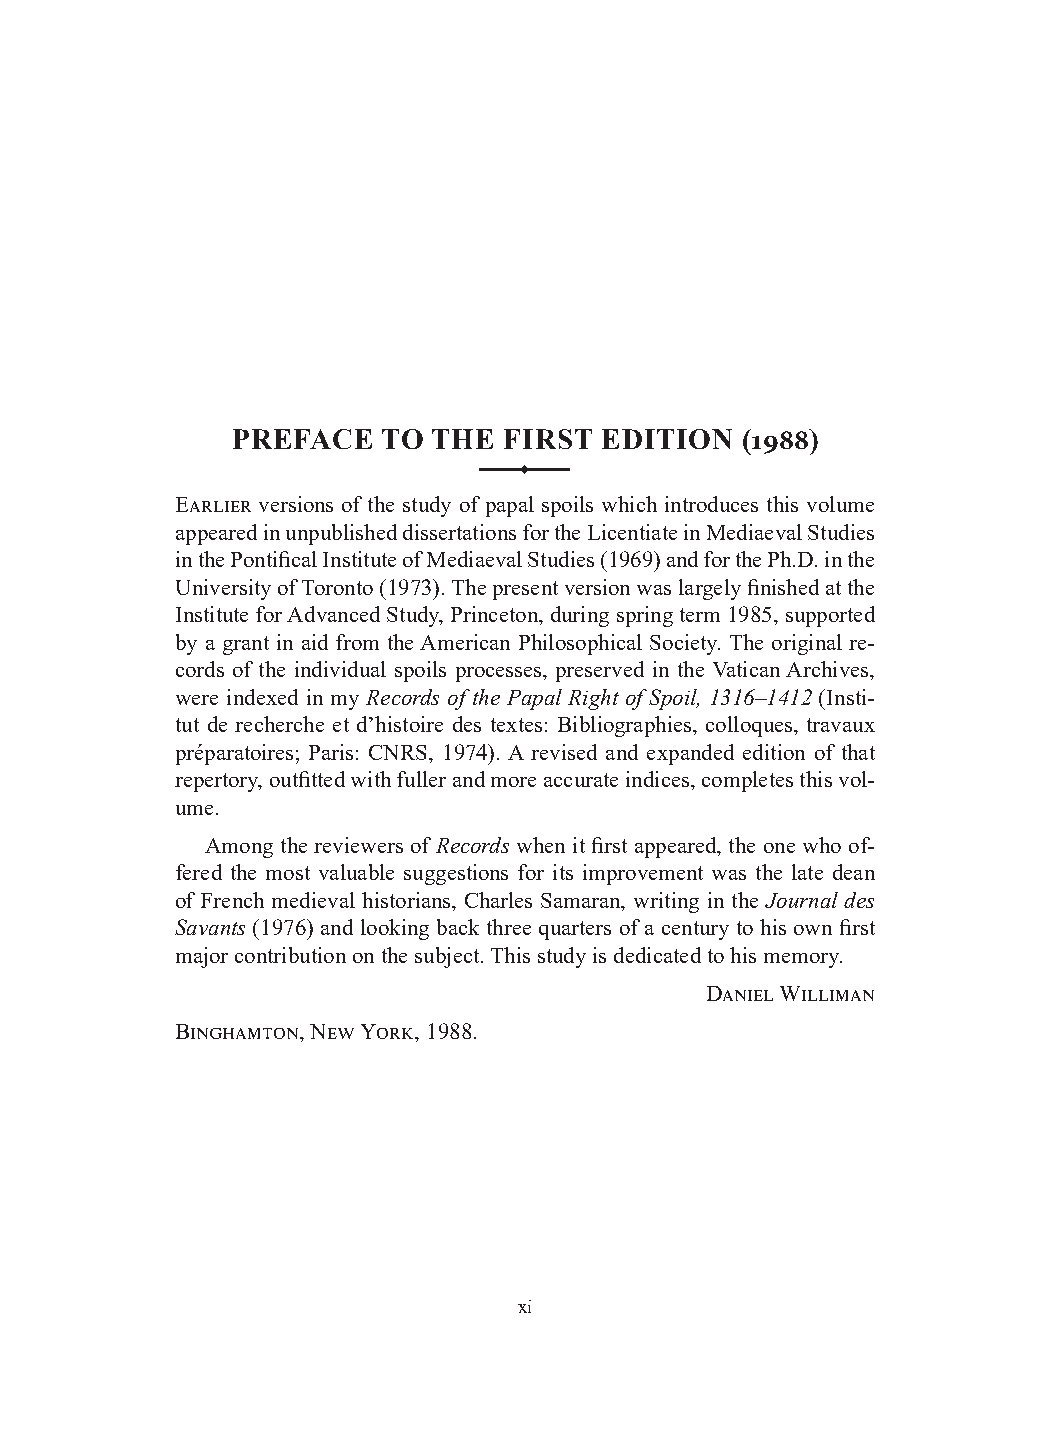
PREFACE   TO  THE FIRST  EDITION  (1988)
 ��
 Earlier versions of the study of papal spoils which introduces this volume
 appeared in unpublished dissertations for the Licentiate in Mediaeval Studies
 in the Pontifical Institute of Mediaeval Studies (1969) and for the Ph.D. in the
 University of Toronto (1973). The present version was largely finished at the
 Institute for Advanced Study, Princeton, during spring term 1985, supported
 by a grant in aid from the American Philosophical Society. The original re-
 cords of the individual spoils processes, preserved in the Vatican Archives,
 were indexed in my Records of the Papal Right of Spoil, 1316–1412 (Insti-
 tut de recherche et d’histoire des textes: Bibliographies, colloques, travaux
 préparatoires; Paris: CNRS, 1974). A revised and expanded edition of that
 repertory, outfitted with fuller and more accurate indices, completes this vol-
 ume.
 Among the reviewers of Records when it first appeared, the one who of-
 fered the most valuable suggestions for its improvement was the late dean
 of French medieval historians, Charles Samaran, writing in the Journal des
 Savants (1976) and looking back three quarters of a century to his own first
 major contribution on the subject. This study is dedicated to his memory.
 Daniel Williman
 Binghamton, New York, 1988.
 xi